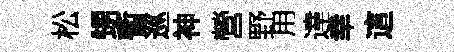
松甥暫巡神營野用達幸這